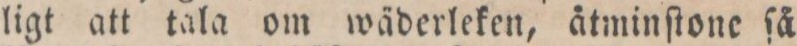
ligt att tala om wåderleken, åtmin ſtone ſå